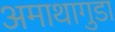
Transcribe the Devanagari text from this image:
अमाथागुडा